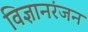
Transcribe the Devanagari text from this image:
विज्ञानरंजन